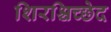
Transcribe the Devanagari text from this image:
शिरश्चिच्छेद